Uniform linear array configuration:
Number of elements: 32
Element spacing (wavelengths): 0.5
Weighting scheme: blackman
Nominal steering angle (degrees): -30
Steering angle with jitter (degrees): -30.225
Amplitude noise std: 0.05
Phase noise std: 0.05

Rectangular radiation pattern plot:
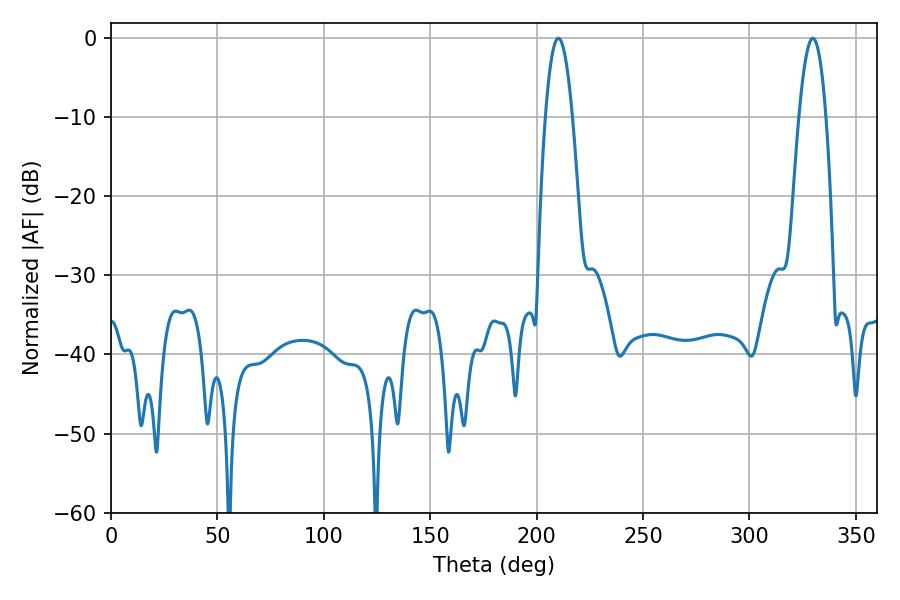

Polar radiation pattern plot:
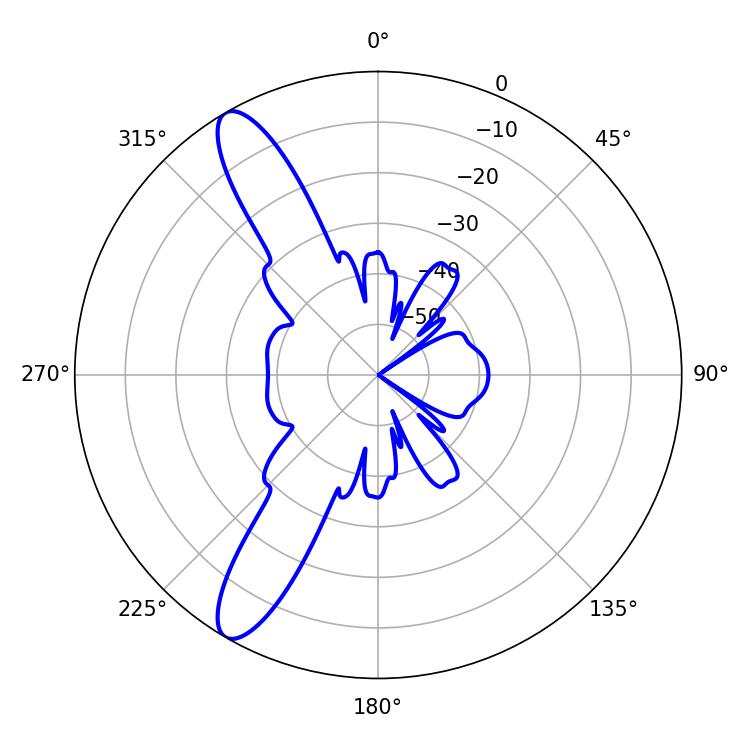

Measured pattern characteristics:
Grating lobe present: FALSE
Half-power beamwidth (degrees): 7.02
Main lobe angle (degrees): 210.24